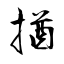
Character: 揂